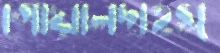
গোয়ালদাহস্